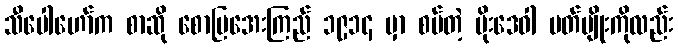
သီပေါဟော်က စာဆို စောမြအေးကြည် ၁၉၁၄ မှာ စပ်တဲ့ မိုးဒေဝါ ပတ်ပျိုးကိုလည်း